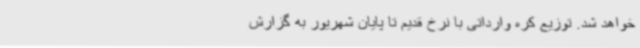
خواهد شد. توزیع کره وارداتی با نرخ قدیم تا پایان شهریور به گزارش